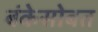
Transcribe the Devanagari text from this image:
बंकेसोबत